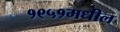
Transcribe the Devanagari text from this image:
१९५१मधील